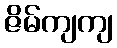
ဇိမ်ကျကျ